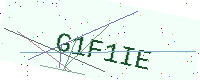
Text: G1F1IE